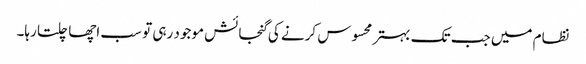
نظام میں جب تک بہتر محسوس کرنے کی گنجائش موجود رہی تو سب اچھا چلتا رہا۔